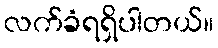
လက်ခံရရှိပါတယ်။